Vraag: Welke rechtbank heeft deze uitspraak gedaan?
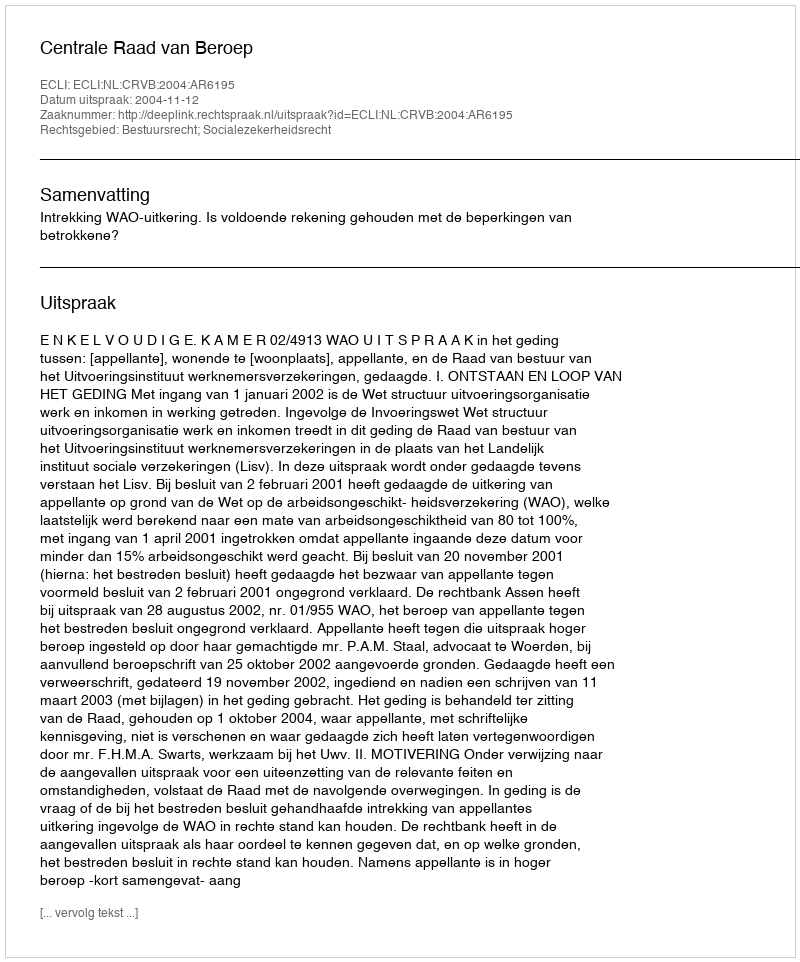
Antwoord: Centrale Raad van Beroep